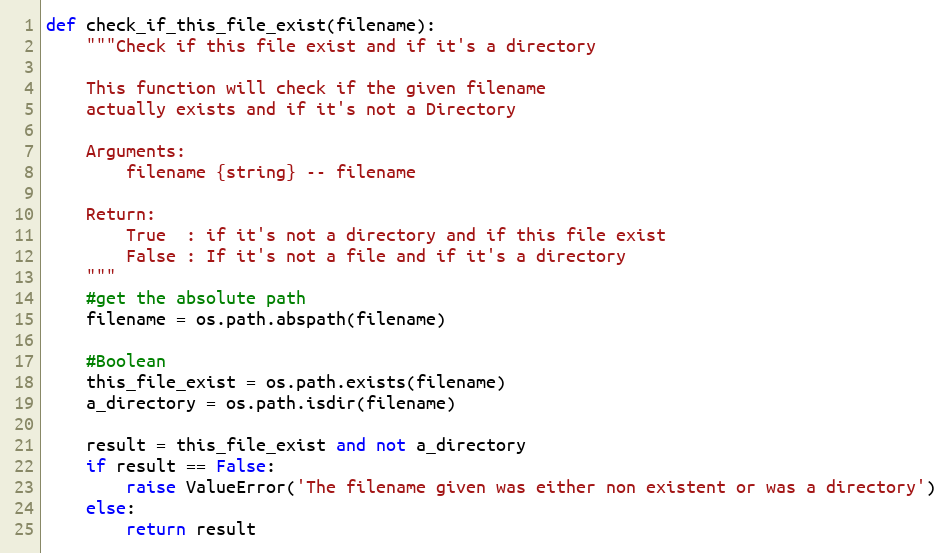
Language: Python
def check_if_this_file_exist(filename):
    """Check if this file exist and if it's a directory

    This function will check if the given filename
    actually exists and if it's not a Directory

    Arguments:
        filename {string} -- filename

    Return:
        True  : if it's not a directory and if this file exist
        False : If it's not a file and if it's a directory
    """
    #get the absolute path
    filename = os.path.abspath(filename)

    #Boolean
    this_file_exist = os.path.exists(filename)
    a_directory = os.path.isdir(filename)

    result = this_file_exist and not a_directory
    if result == False:
        raise ValueError('The filename given was either non existent or was a directory')
    else:
        return result